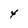
Character: 4